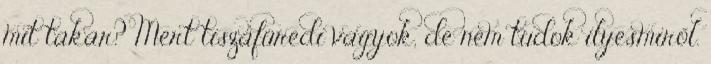
mit takar? Mert tiszafüredi vagyok, de nem tudok ilyesmiről.